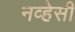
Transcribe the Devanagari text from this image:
नव्हेसी